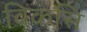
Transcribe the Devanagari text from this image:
विकसि